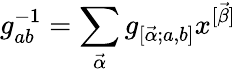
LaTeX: g_{ab}^{-1}=\sum_{\vec{\alpha}}g_{[\vec{\alpha};a,b]}x^{[\vec{\beta}]}